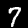
Label: 7